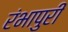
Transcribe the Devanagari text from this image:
रंभापुरी